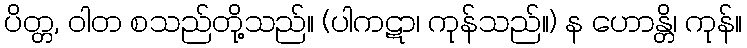
ပိတ္တ, ဝါတ စသည်တို့သည်။ (ပါကဋာ၊ ကုန်သည်။) န ဟောန္တိ၊ ကုန်။